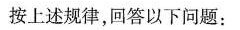
按上述规律，回答以下问题：